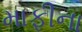
માફીના